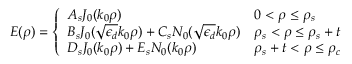
E ( \rho ) = \left\{ \begin{array} { l l } { A _ { s } J _ { 0 } ( k _ { 0 } \rho ) } & { 0 < \rho \leq \rho _ { s } } \\ { B _ { s } J _ { 0 } ( \sqrt { \epsilon _ { d } } k _ { 0 } \rho ) + C _ { s } N _ { 0 } ( \sqrt { \epsilon _ { d } } k _ { 0 } \rho ) } & { \rho _ { s } < \rho \leq \rho _ { s } + t } \\ { D _ { s } J _ { 0 } ( k _ { 0 } \rho ) + E _ { s } N _ { 0 } ( k _ { 0 } \rho ) } & { \rho _ { s } + t < \rho \leq \rho _ { c } } \end{array} \right.